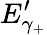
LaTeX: E_{\gamma_{+}}^{\prime}